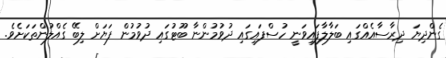
ގެންދިޔަ ދިރާސާއެއްގައި ބަލާލާފައިވަނީ ހުސްފައިގައި ދުވުމުންނާ ބޫޓުގައި ދުވުމުން ފަޔަށް ލިބޭ ގެއްލުންތަކަށެވެ.